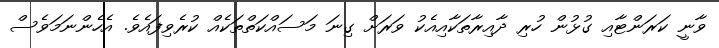
ވާނީ ކަރަންޓާއި ގުޅުން ހުރި ދާއިރާތަކާއިއެކު ވަރަށް ގިނަ މަސައްކަތްތަކެއް ކުރެވިފައެވެ. އެހެންނަމަވެސް